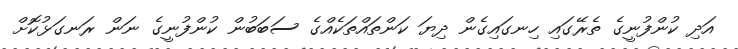
އަދި ކުންފުނީގެ ތެރޭގައި ހިނގައިގެން ދިޔަ ކަންތައްތަކެއްގެ ސަބަބުން ކުންފުނީގެ ނަން ރަނގަޅުކޮށް